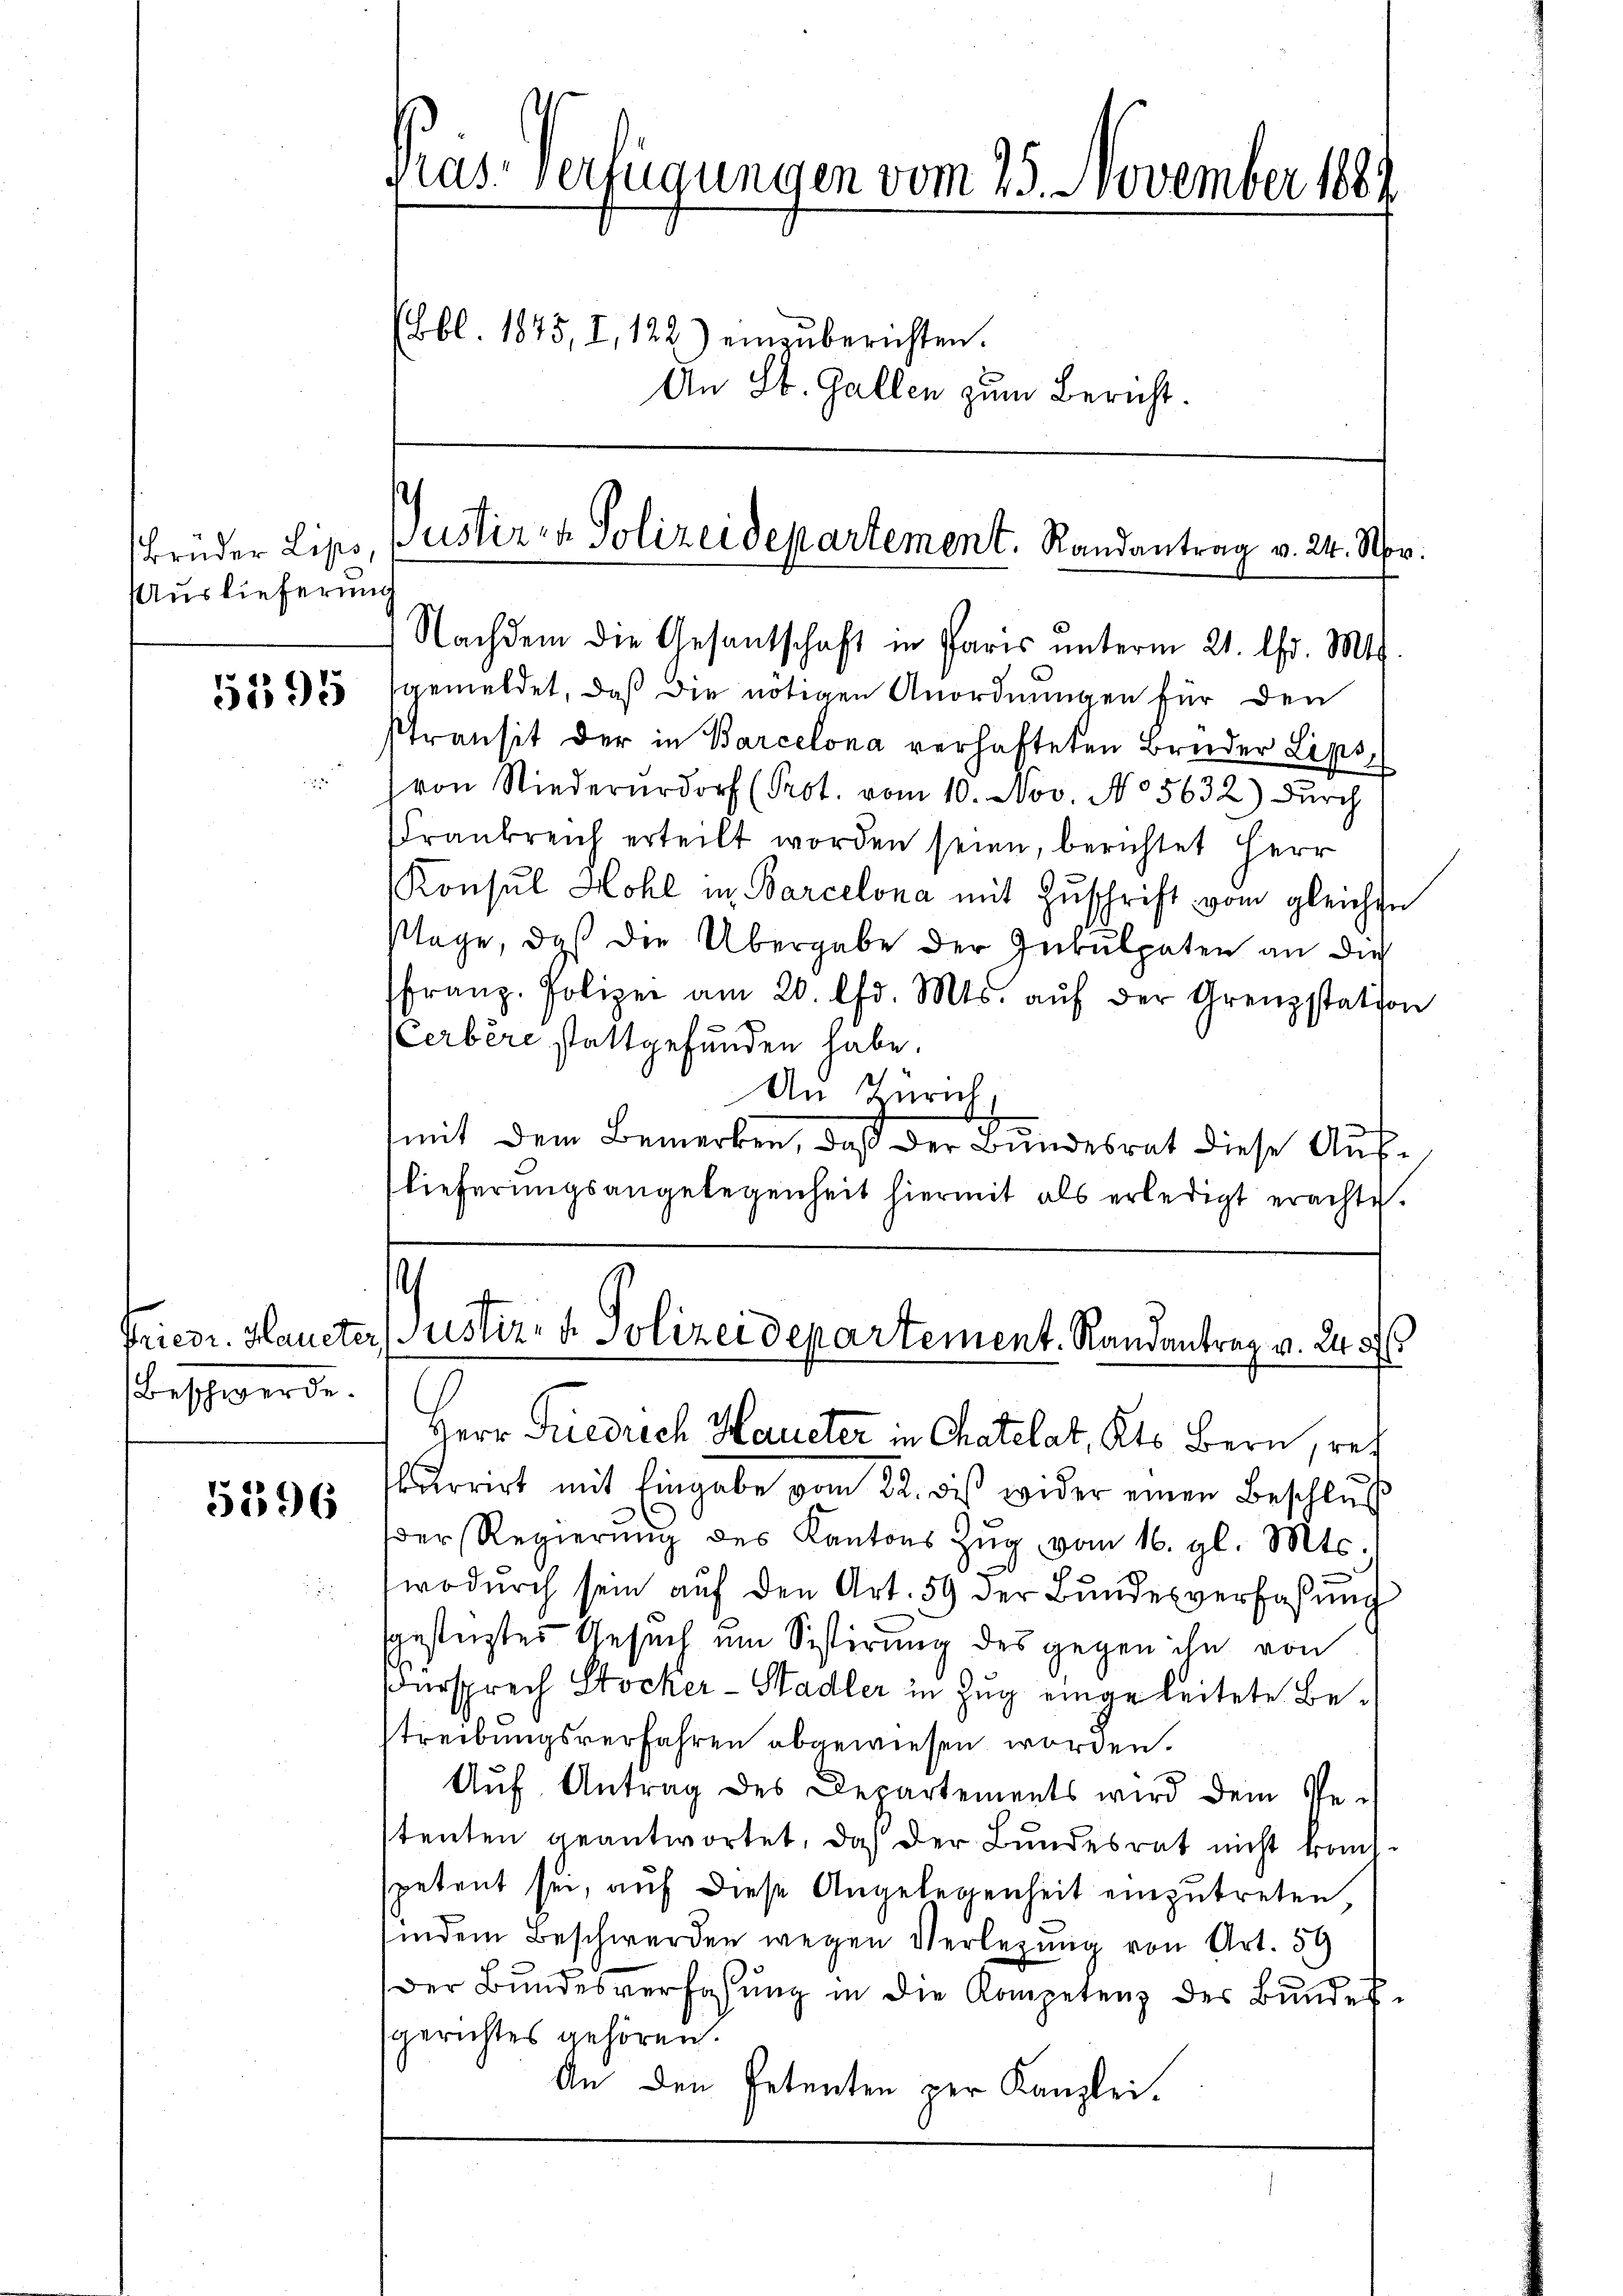
sbrüder Lips,
Auslieferung

5195

Beschwerde.

5296

flas verfügungen vom 25. November 1889
Ebbl. 1845, I, 122) einzuberichten.
An St. Gallen zum Bericht.

gemeldet, daß die nötigen Anordnungen für den
Transit der in Barcelona verhafteten Bruder Lips,
von Niederurdorf (Prot. vom 10. Nov. No 5632) Dŭrch
Frankreich erteilt worden seien, berichtet Herr
Konsul Hohl in Barcelona mit Zuschrift vom gleichen
Plage, daß die Übergabe der Inkulpaten an die
franz. Polizei am 20. lfd. Mts. aŭf der Grenzstation
Cerbere stattgefunden habe.
An Zürich.
mit dem Bemerken, daß der Bundesrat diese Auflieferungsangelegenheit hiermit als erledigt erachte.

Justiren Polizeidepartement. Randantrag v. 24. Nr.
Nachdem die Gesantschaft in Paris unterm 21. Chr. Mts.

¬
Friedr. Haueter, Justiz- & Polizeidepartement. Randantrag v. 20
Herr Friedrich Haueter in Chatelat, Kts. Bern, rech

kurrirt mit Eingabe vom 22. des wider einen Beschlŭβ
der Regierŭng des Kantons Zŭg vom 16. gl. Mts.
wodurch sein auf den Art. 59 der Bundesverfaßung
sgestürztes Gesuch um Sistirung des gegen ihn von
Würsprech Stocker-Stadler in Zug eingeleitete Bestreibungsverfahren abgewiesen worden.
g
Auf Antrag des Departements wird dein Pestenten geantwortet, daß der Bundesrat nicht kommt.
petent sei, auf diese Angelegenheit einzutreten
indem Beschwerden wegen Verlegung von Art. 59
der Bundesverfassung in die Kompetenz des Bundesgerichtes gehören.
An den Petenten per Kanzlei.